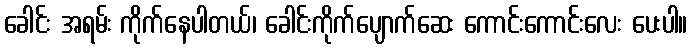
ခေါင်း အရမ်း ကိုက်နေပါတယ်၊ ခေါင်းကိုက်ပျောက်ဆေး ကောင်းကောင်းလေး ပေးပါ။